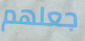
جعلهم